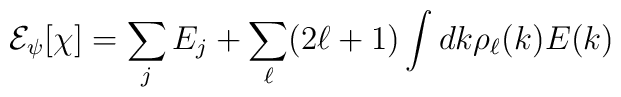
{\cal E}_\psi[\chi] = \sum_j E_j + \sum_\ell (2\ell +1) \int dk \rho_\ell(k) E(k)